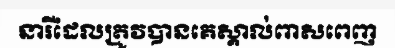
នារីដែលត្រូវបានគេស្គាល់ពាសពេញ